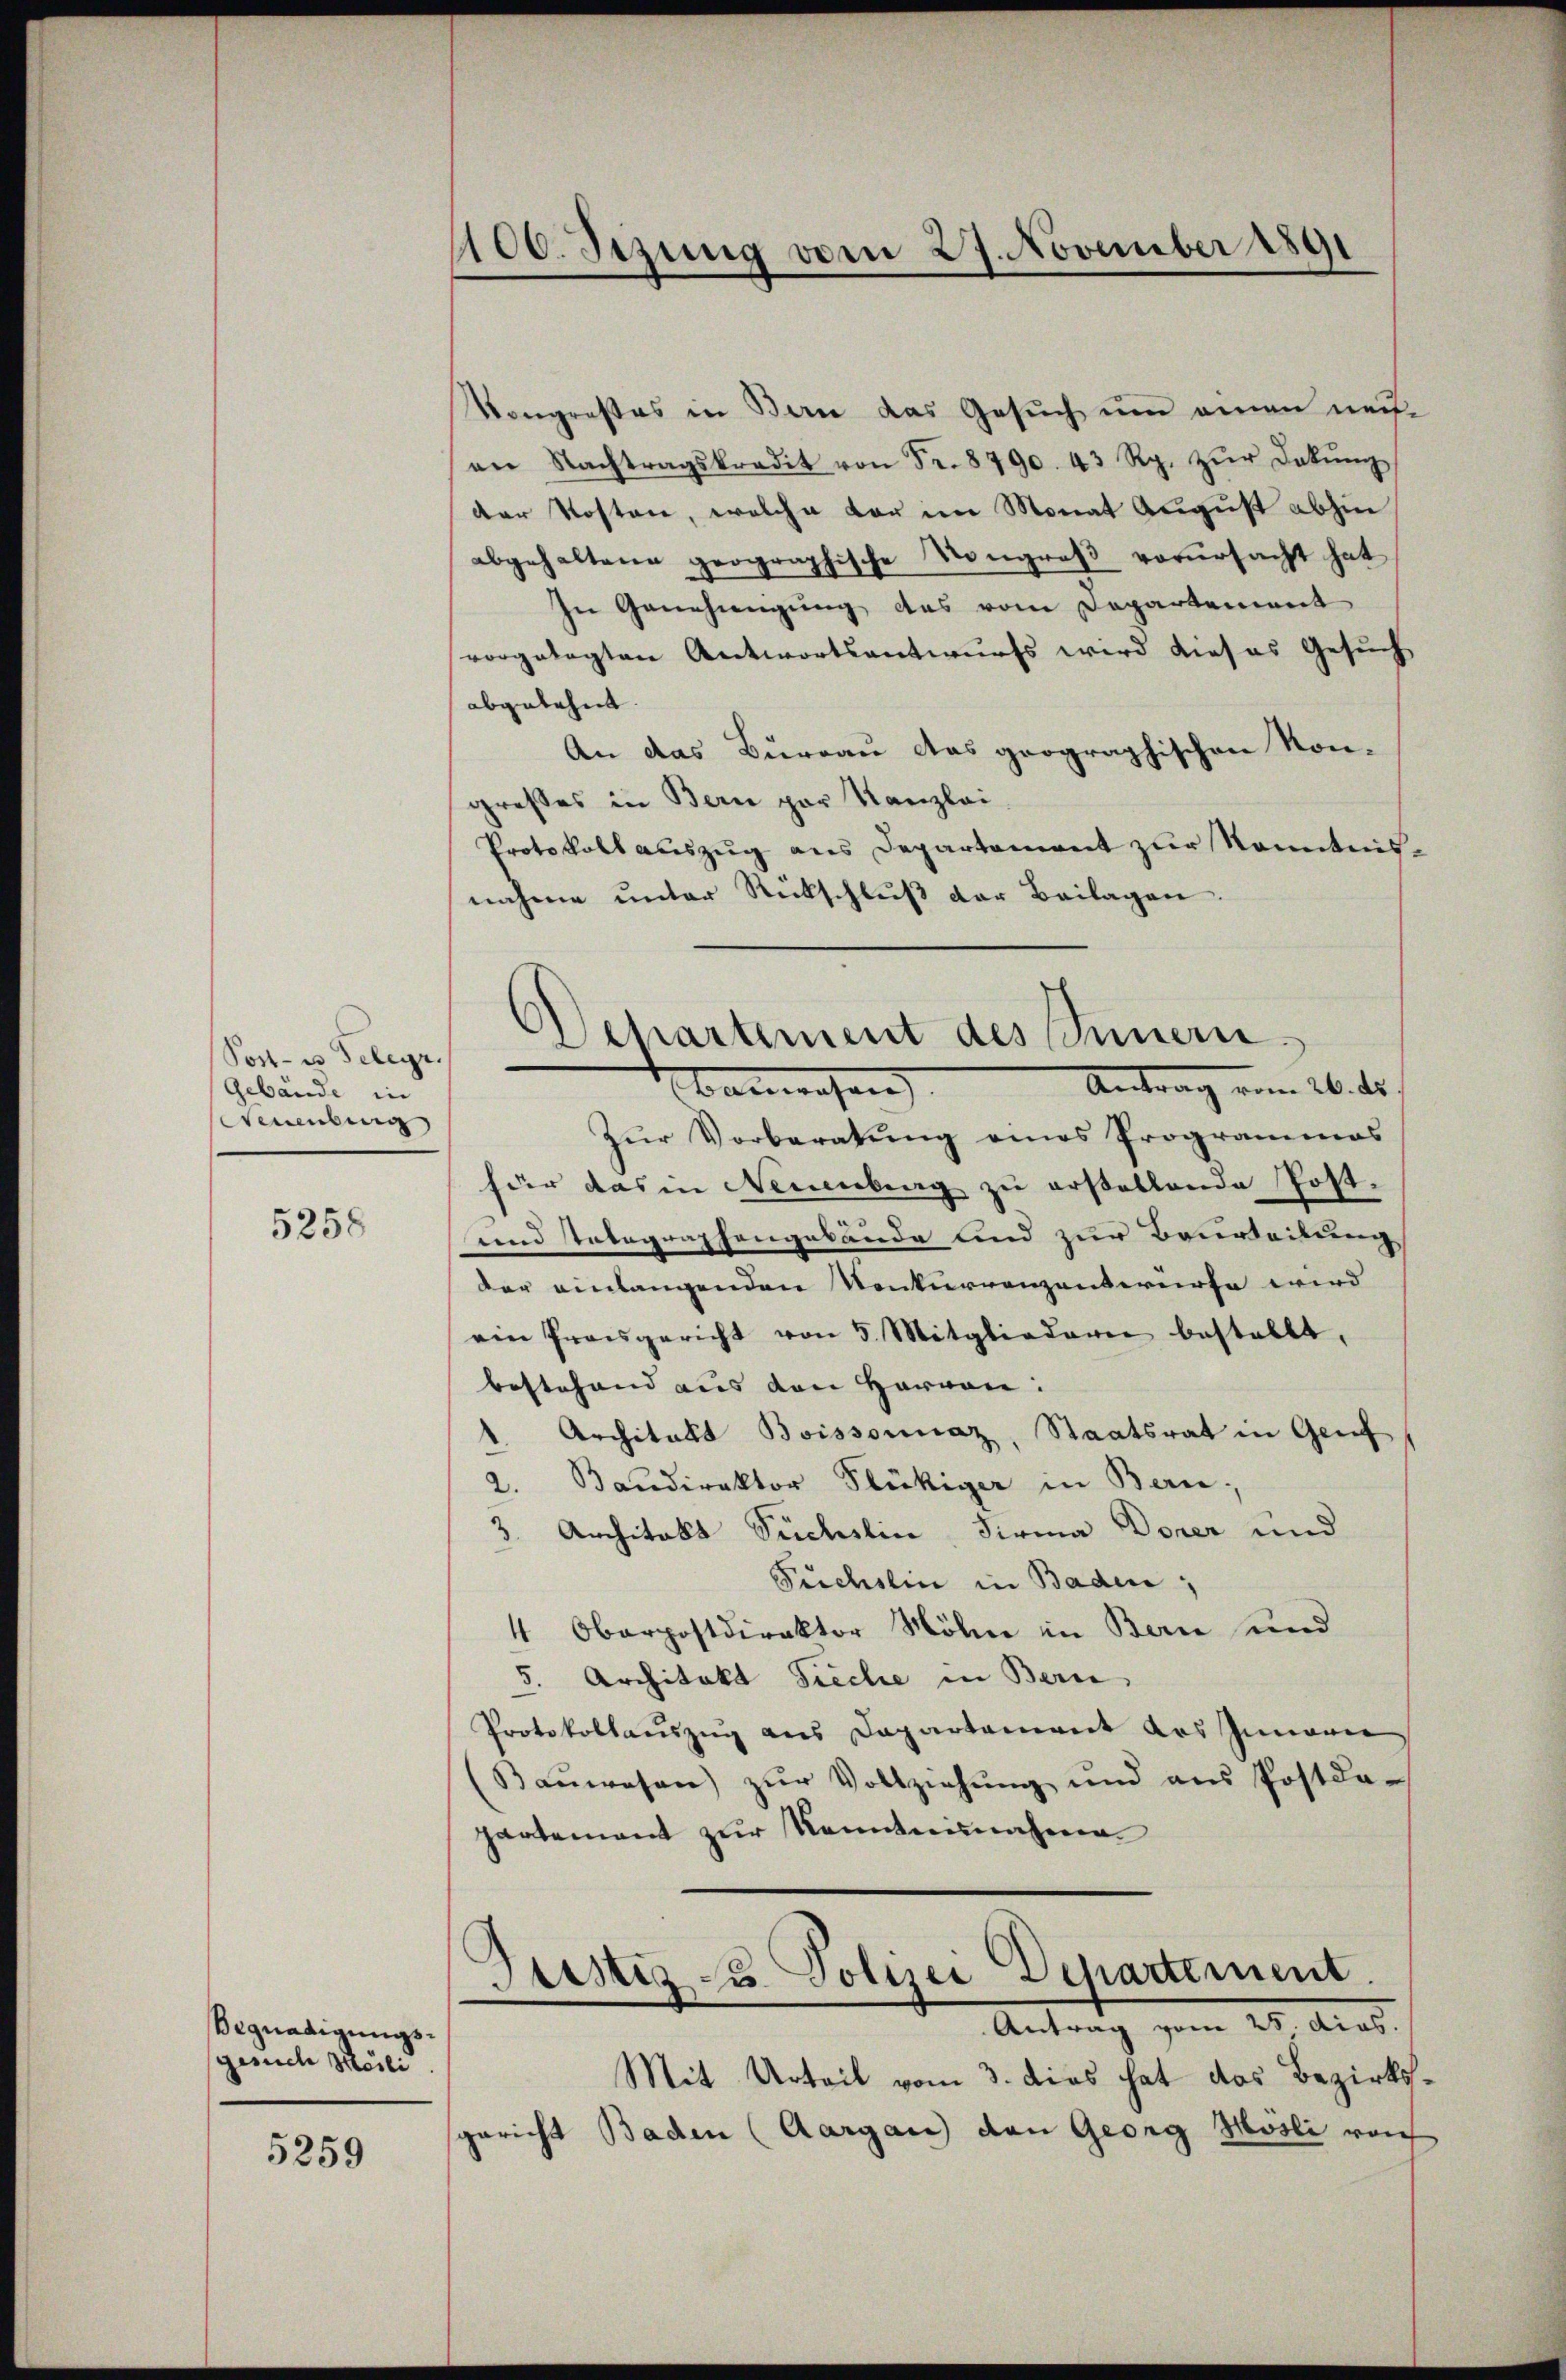
Post- es Telegr.
Gebäude in
euenburg

5258

Begnadigungsgesuch Meili
5259

100. Setzung vom 27. November 1891

Kongresses in Bern das Gesuch um einen nachan Nachtragskredit von Fr. 8790. 43 Rp. zŭr Dekŭng
der Kosten, welche vor im Monat August abhin
abgehaltene geographische Kongroβ verŭrsacht hat
In Genehmigung des vom Departement
vorgelegten Antwortsantwurfs wird dieses Gesuch
abgelehnt. |
An das Bureau das geographischen Kon-
großes in Bern par Kanzlei.
Protokoll auszug aus Departement zur Kenntnisnahme unter Rückschlŭβ der Beilagen.
Antrag vom 26. ds.
Banwesen
Zŭr Vorberatŭng eines Programmes
für das in Neuenburg zu erstellende Post.
und Tabegraphengebäude und zur Beurteilung
der einlangenden Konkurrenzenswürfe wird
ein Preisgericht von 5. Mitgliedern bestellt,
bestehend aus den Hervon:
Architekt Boissonnaz, Staatsrat in Genf
2. Baŭdirektor Flückiger in Bern,
3. Architals Suchslin, Firma Dorer und
Fuchslin in Baden,
4 Oberpostdirektor Mölne in Bern und
5. Architekt Sieche in Bern,
Protokollauszug aus Departement das Innerer
Baŭwesen) zŭr Vollziehŭng und ans Postka-
partement zur Kenntnisnahmen.
Justiz- u. Polizei Departement.
Antrag vom 25. Acad.
Mit Urteil vom 3. dies hat das Bezirksgericht Baden (Aargau den Georg Mosli von

Departement des Innern.